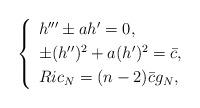
LaTeX: \begin{align*}\left\{ \begin{array}[pos]{ll}h'''\pm ah'=0,\\\noalign{\smallskip}\pm(h'')^{2}+a(h')^{2}=\bar{c},\\\noalign{\smallskip}Ric_{N}=(n-2)\bar{c}g_{N}, \end{array}\right.\end{align*}